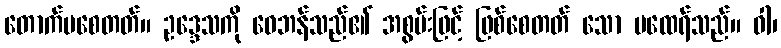
တောက်ပစေတတ်။ ဥဒ္ဒေသကို ဝေဘန်သည်၏ အစွမ်းဖြင့် ဖြစ်စေတတ် သော မထေရ်သည်။ ဝါ၊